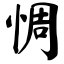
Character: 惆